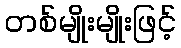
တစ်မျိုးမျိုးဖြင့်